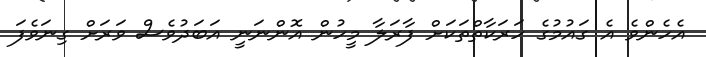
އެހެންވެ އެ ގައުމުގެ ހަރަކާތްތަކަށް ފާރަލާ މީހުން އޮންނަނީ އަބަދުވެސް ވަރަށް ގިނަވެފަ